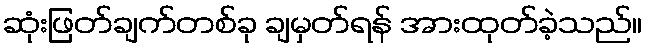
ဆုံးဖြတ်ချက်တစ်ခု ချမှတ်ရန် အားထုတ်ခဲ့သည်။